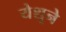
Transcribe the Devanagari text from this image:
येशूने